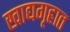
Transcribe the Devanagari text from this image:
खाद्यगृहात